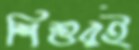
শিশুরই